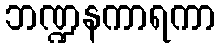
ဘဏ္ဍနကာရကာ